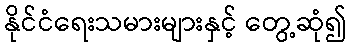
နိုင်ငံရေးသမားများနှင့် တွေ့ဆုံ၍